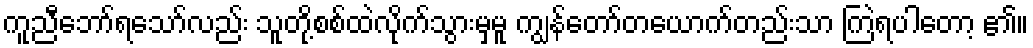
ကူညီဘော်ရသော်လည်း သူတို့စစ်ထဲလိုက်သွားမှမူ ကျွန်တော်တယောက်တည်းသာ ကြဲရပါတော့ ၏။